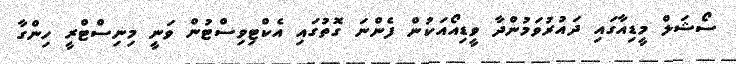
ސޯޝަލް މީޑިއާގައި ދައުރުވަމުންދާ ވީޑިއޯއަކުން ފެންނަ ގޮތުގައި އެކްޓިވިސްޓުން ވަނީ މިނިސްޓްރީ ހިންގާ